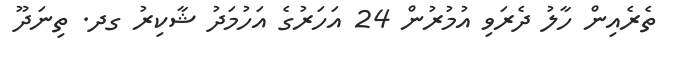
ތެރެއިން ހާލު ދެރަވި އުމުރުން 24 އަހަރުގެ އަހުމަދު ޝާކިރު ގދ. ތިނަދޫ